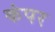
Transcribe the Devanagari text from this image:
कंपर